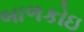
બાળકોઇ